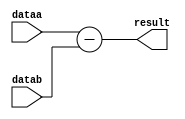
module sub_64b (dataa, datab, result);
	input [63:0] dataa;
	input [63:0] datab;
	output [63:0] result;
	assign result = dataa - datab;
endmodule